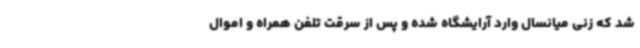
شد که زنی میانسال وارد آرایشگاه شده و پس از سرقت تلفن همراه و اموال